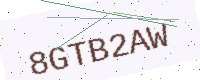
Text: 8GTB2AW